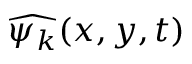
\widehat { \psi _ { k } } ( x , y , t )